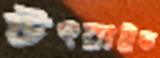
উৎরাইত